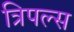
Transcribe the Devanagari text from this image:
त्रिपल्स